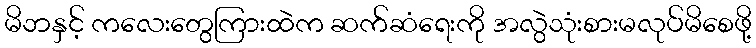
မိဘနှင့် ကလေးတွေကြားထဲက ဆက်ဆံရေးကို အလွဲသုံးစားမလုပ်မိစေဖို့